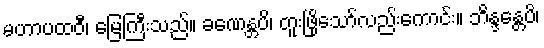
မဟာပထဝီ၊ မြေကြီးသည်။ ခဏေန္တပိ၊ တူးဖြိုသော်လည်းကောင်း။ ဘိန္ဒန္တေပိ၊